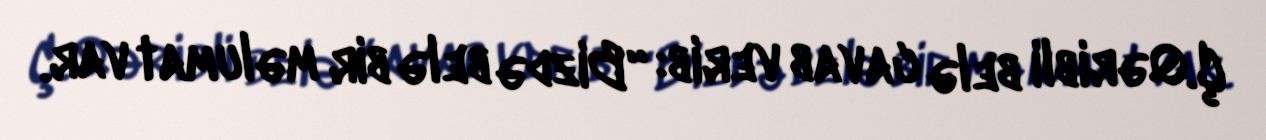
Ç.Qəribli belə cavab verib: “Bizdə belə bir məlumat var.